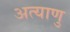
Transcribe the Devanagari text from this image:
अत्याणु